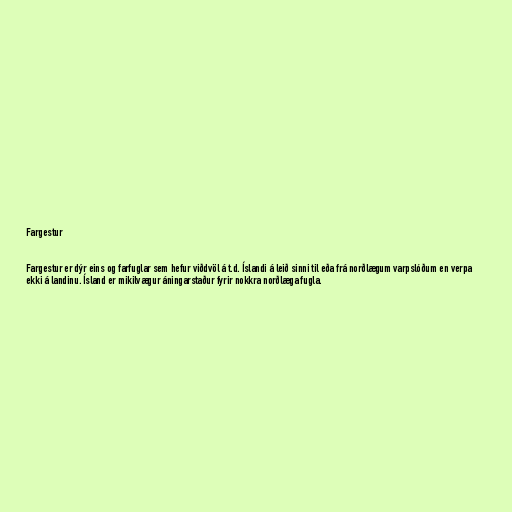
Fargestur

Fargestur er dýr eins og farfuglar sem hefur viðdvöl á t.d. Íslandi á leið sinni til eða frá norðlægum varpslóðum en verpa
ekki á landinu. Ísland er mikilvægur áningarstaður fyrir nokkra norðlæga fugla.